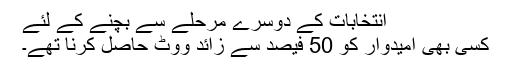
انتخابات کے دوسرے مرحلے سے بچنے کے لئے
کسی بھی اُمیدوار کو 50 فیصد سے زائد ووٹ حاصل کرنا تھے۔